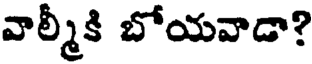
వాల్మీకి బోయవాడా?